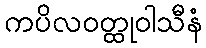
ကပိလဝတ္ထုဝါသီနံ